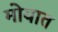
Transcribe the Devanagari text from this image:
मोयात